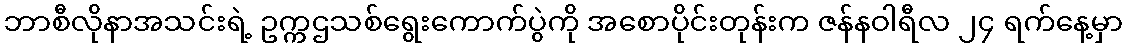
ဘာစီလိုနာအသင်းရဲ့ ဥက္ကဌသစ်ရွေးကောက်ပွဲကို အစောပိုင်းတုန်းက ဇန်နဝါရီလ ၂၄ ရက်နေ့မှာ